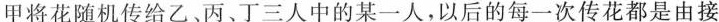
甲将花随机传给乙、丙、丁三人中的某一人，以后的每一次传花都是由接